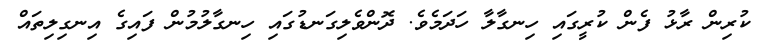
ކުރިން ރާޅު ފެން ކުރީގައި ހިނގާލާ ހަދަމެވެ. ދޮންވެލިގަނޑުގައި ހިނގާލުމުން ފައިގެ އިނގިލިތައް